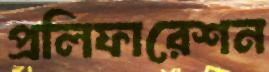
প্রলিফারেশন